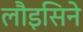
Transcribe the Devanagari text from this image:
लौइसिने